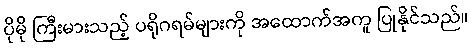
ပိုမို ကြီးမားသည့် ပရိုဂရမ်များကို အထောက်အကူ ပြုနိုင်သည်။